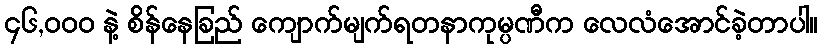
၄၆,၀၀၀ နဲ့ စိန်နေခြည် ကျောက်မျက်ရတနာကုမ္ပဏီက လေလံအောင်ခဲ့တာပါ။